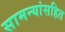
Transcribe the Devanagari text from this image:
सामन्यांसहित